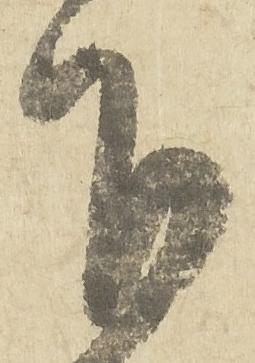
下